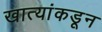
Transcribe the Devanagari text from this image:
खात्यांकडून